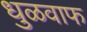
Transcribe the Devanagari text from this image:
धुळवाफ